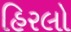
હિરલો